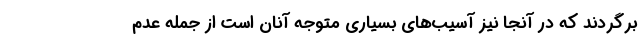
برگردند که در آنجا نیز آسیب‌های بسیاری متوجه آنان است از جمله عدم